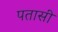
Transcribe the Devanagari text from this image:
पतासी